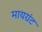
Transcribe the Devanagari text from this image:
मायग्रंट